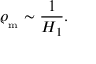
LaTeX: \varrho _ { _ \mathrm { m } } \sim \frac { 1 } { H _ { 1 } } .